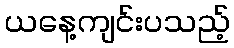
ယနေ့ကျင်းပသည့်